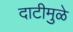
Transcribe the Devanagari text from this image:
दाटीमुळे